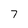
Character: 7